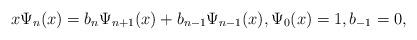
LaTeX: \begin{align*}x\Psi_n(x)=b_n\Psi_{n+1}(x)+ b_{n-1}\Psi_{n-1}(x),\Psi_0(x)=1,b_{-1}=0,\end{align*}